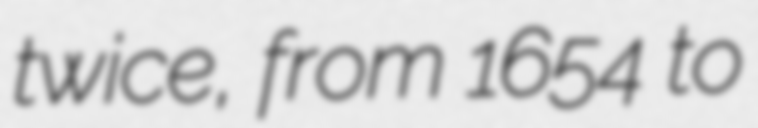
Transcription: twice, from 1654 to